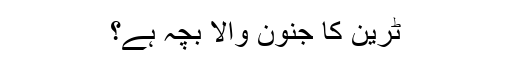
ٹرین کا جنون والا بچہ ہے؟